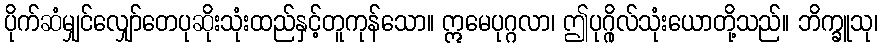
ပိုက်ဆံမျှင်လျှော်တေပုဆိုးသုံးထည်နှင့်တူကုန်သော။ ဣမေပုဂ္ဂလာ၊ ဤပုဂ္ဂိုလ်သုံးယောတို့သည်။ ဘိက္ခူသု၊